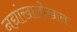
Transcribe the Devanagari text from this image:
नद्यांखालोखाल